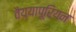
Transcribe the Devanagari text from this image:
वैय्यापूरियन